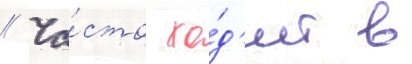
// Ча́сто хо́д'ит в